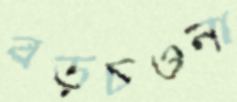
বড়চওনা